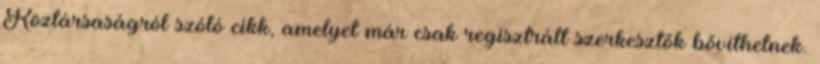
Köztársaságról szóló cikk, amelyet már csak regisztrált szerkesztők bővíthetnek.